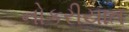
નોકરીયાત